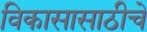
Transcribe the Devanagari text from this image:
विकासासाठीचे